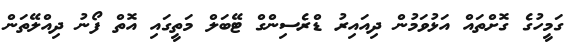
ގަމީހުގެ ގޮށްތައް އަޅުވަމުން ދިއައިރު ޑްރެސިންގް ޓޭބަލް މަތީގައި އޮތް ފޯނު ދިއްލޭތަން